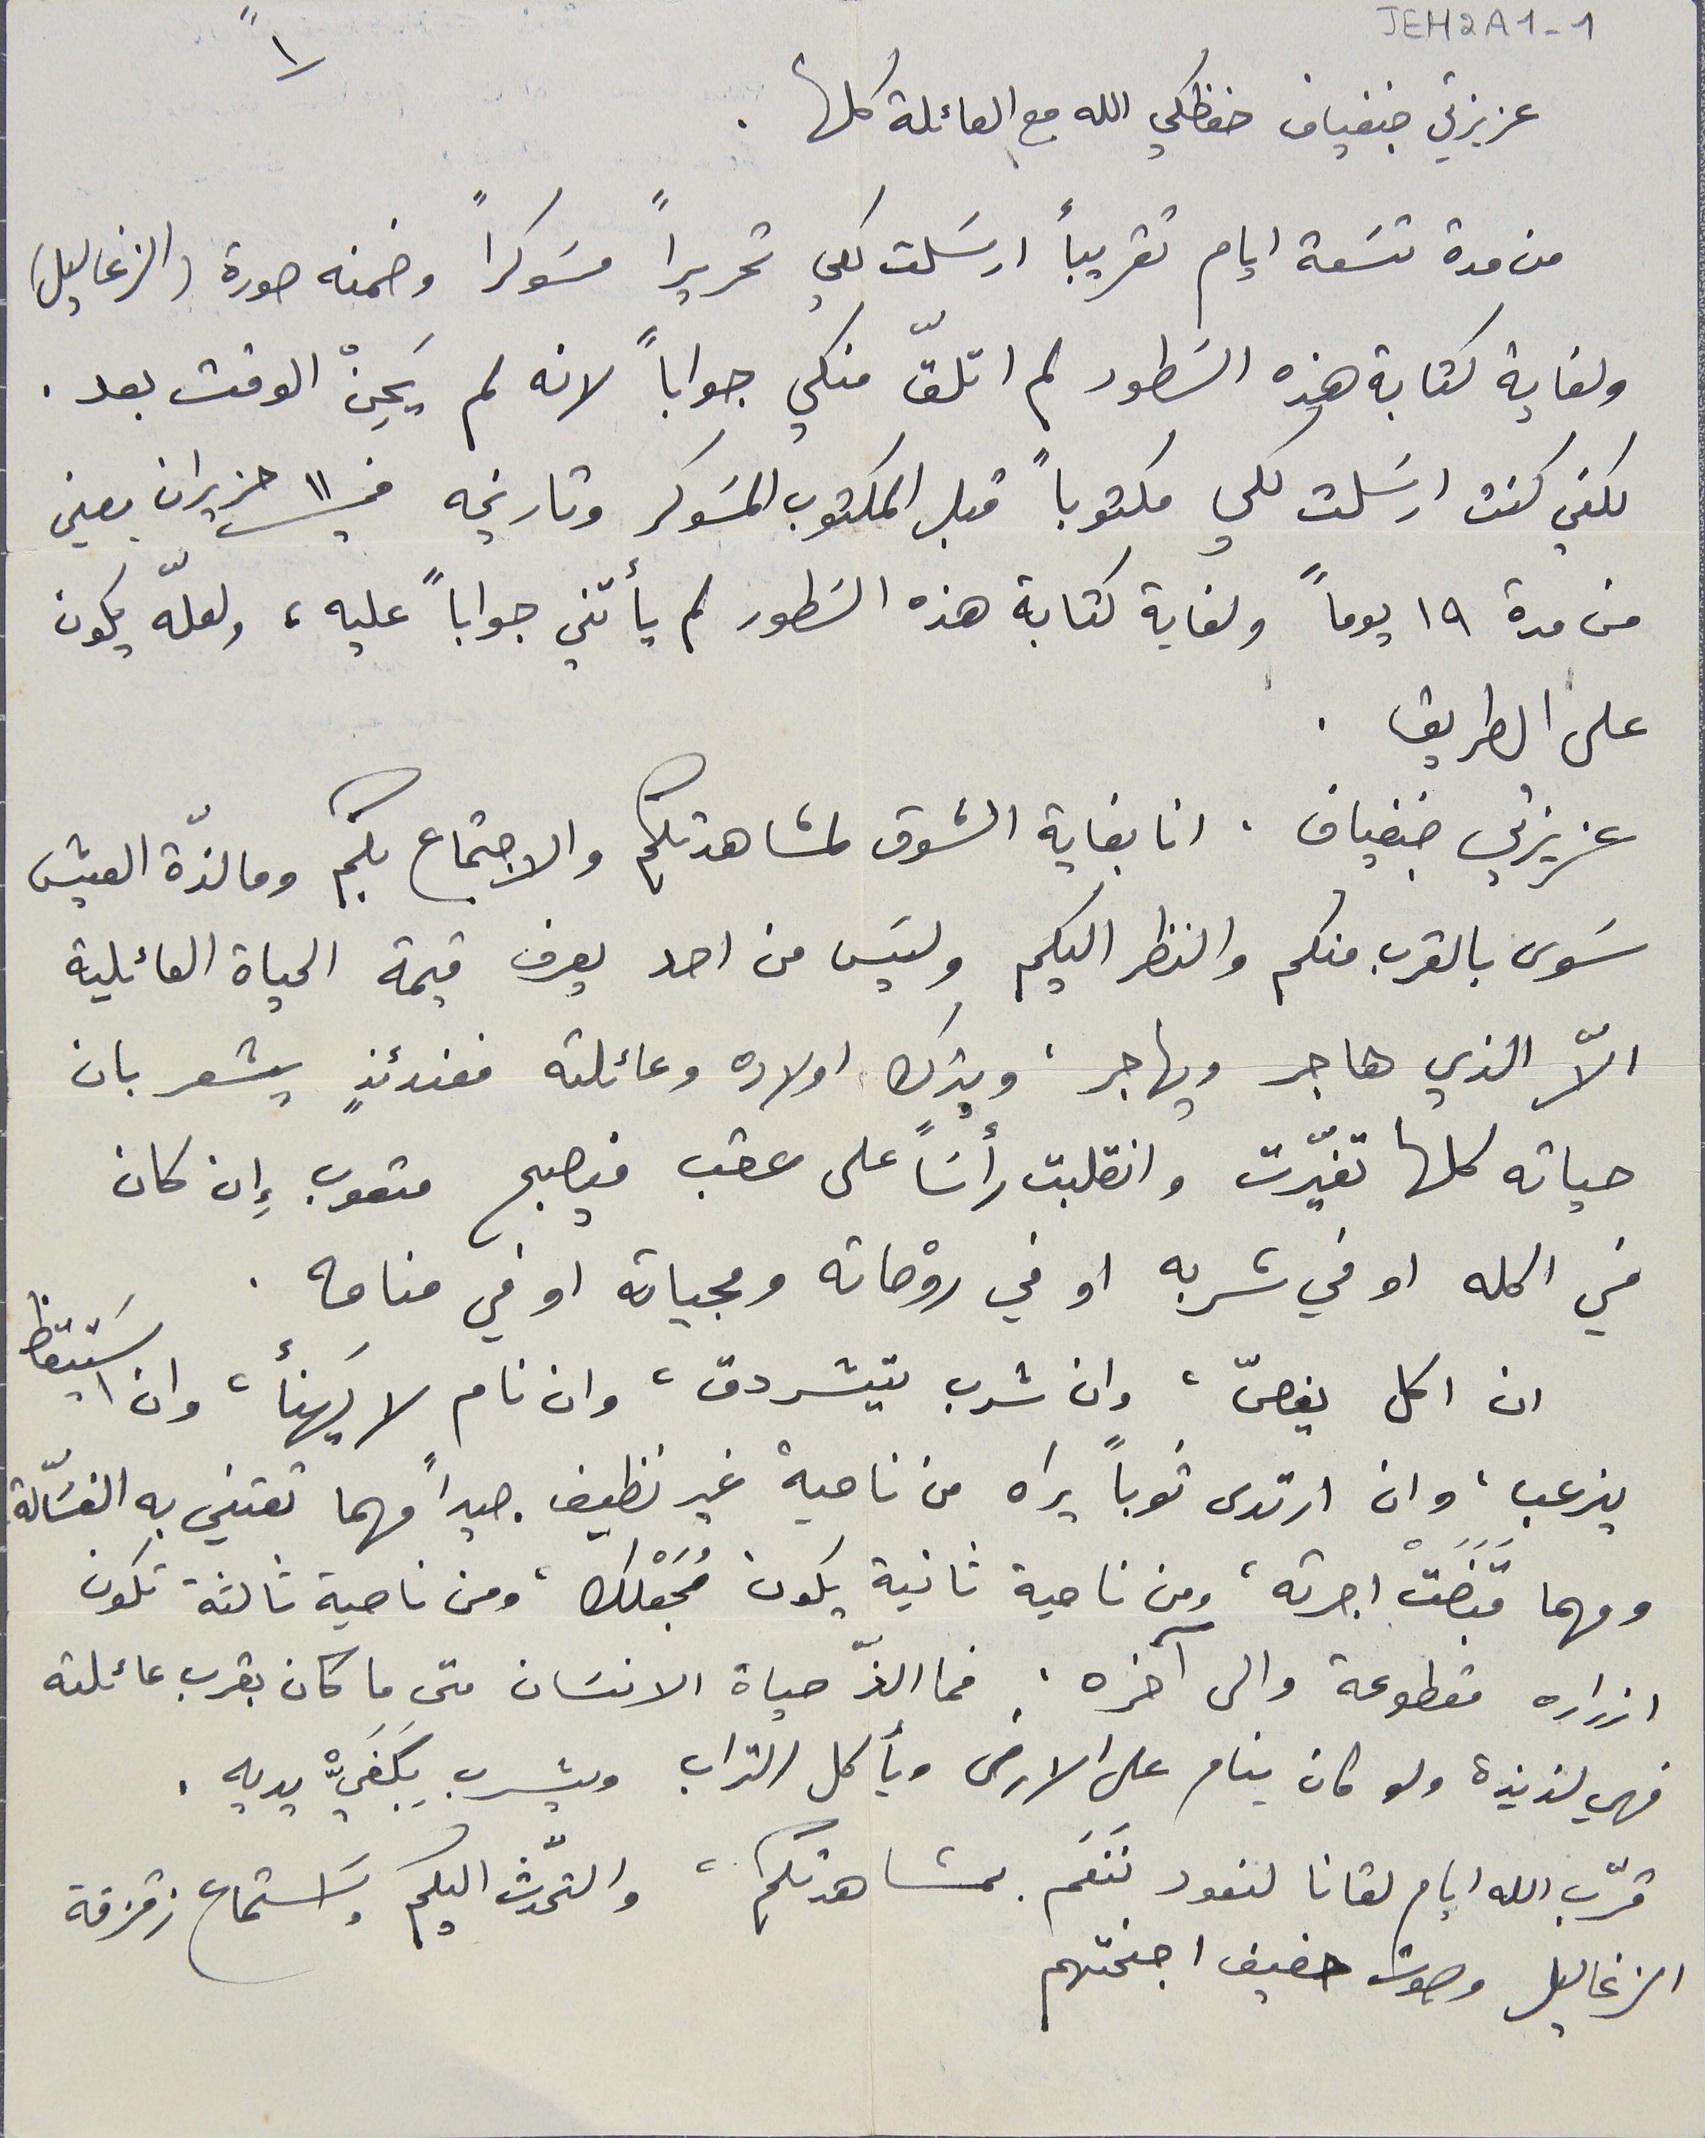
JEH2A1-1
عزيزتي جنفياف حفظكي الله مع العائلة كلها .
 من مدة تسَعة ايام تقريباً ارسَلت لكي تحريراً مسَوكراً وضمنه صورة (الزغاليل)
ولغاية كتابة هذه السَطور لم اتلقّ منكي جواباً لانه لم يَحِنْ الوقت بعد .
لكني كنت ارسَلت لكي مكتوباً قبل المكتوب المسَوكر وتاريخه في ١١ حزيران يعني
من مدة ١٩ يوماً ولغاية كتابة هذه السَطور لم يأتني جواباً عليه، ولعلّه يكون
على الطريق .
عزيزتي جنفياف. انا بغاية الشوق لمشاهدتكم والاجتماع بكم وما لذّة العيش
سَوى بالقرب منكم والنظر اليكم وليسَ من احد يعرف قيمة الحياة العائلية
الاّ الذي هاجر ويهاجر، ويترك اولاده وعائلته فعندئذٍ يشعر بان
حياته كلها تغيّرت وانقلبت رأسَاً على عقب فيصبح متعوب إِن كان
في اكله او في شربه او في روْحاته ومجياته او في منامه .
 ان اكل يغصّ، وان شرب يتشردق، وان نام لا يَهنأ، وان اسَتيقظ
ينرعب، وان ارتدى ثوباً يراه من ناحية غير نظيف جيداً مهما تعتني به الغسَّالة
ومهما قَبَضَتْ اجرته، ومن ناحية ثانية يكون مُجَعْلك، ومن ناحية ثالثة تكون
ازراره مقطوعة وإلى آخره. فما الذّ حياة الانسَان متى ما كان بقرب عائلته
فهي لذيذة ولو كان ينام على الارض ويأكل التراب ويشرب بِكَفَيّْ يديه .
قرّب الله ايام لقانا لنعود نَنعَم بمشاهدتكم، والتحّدث اليكم واسَتماع زقزقة
الزغاليل وصوت حفيف اجنحتهم
١"